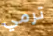
ترمي